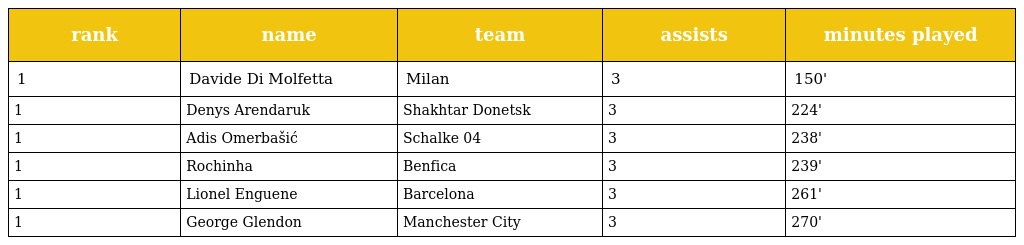
| rank | name | team | assists | minutes played |
 | --- | --- | --- | --- | --- |
 | 1 | Davide Di Molfetta | Milan | 3 | 150' |
 | 1 | Denys Arendaruk | Shakhtar Donetsk | 3 | 224' |
 | 1 | Adis Omerbašić | Schalke 04 | 3 | 238' |
 | 1 | Rochinha | Benfica | 3 | 239' |
 | 1 | Lionel Enguene | Barcelona | 3 | 261' |
 | 1 | George Glendon | Manchester City | 3 | 270' |